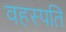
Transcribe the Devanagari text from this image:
वहस्पति